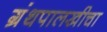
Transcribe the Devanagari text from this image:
ग्रंथपालखीचा